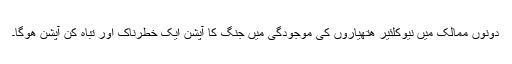
دونوں ممالک میں نیوکلئیر ھتھیاروں کی موجودگی میں جنگ کا آپشن ایک خطرناک اور تباہ کن آپشن ھوگا۔